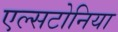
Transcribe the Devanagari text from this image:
एल्सटोनिया